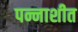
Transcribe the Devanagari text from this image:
पन्नाशीत